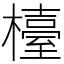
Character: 檯